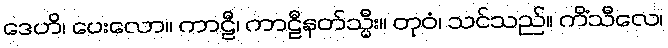
ဒေဟိ၊ ပေးလော။ ကာဠီ၊ ကာဠီနတ်သ္မီး။ တုဝံ၊ သင်သည်။ ကိံသီလေ၊